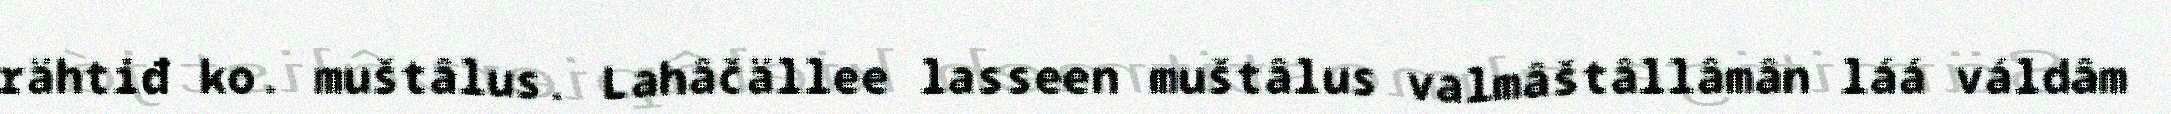
rähtiđ ko. muštâlus. Lahâčällee lasseen muštâlus valmâštâllâmân láá váldâm